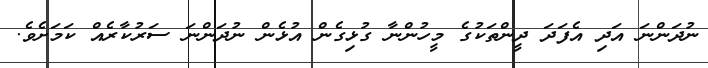
ނުދަންނަ އަދި އެފަދަ ދީންތަކުގެ މީހުންނާ ގުޅިގެން އުޅެން ނުދަންނަ ސަރުކާރެއް ކަމަށެވެ.